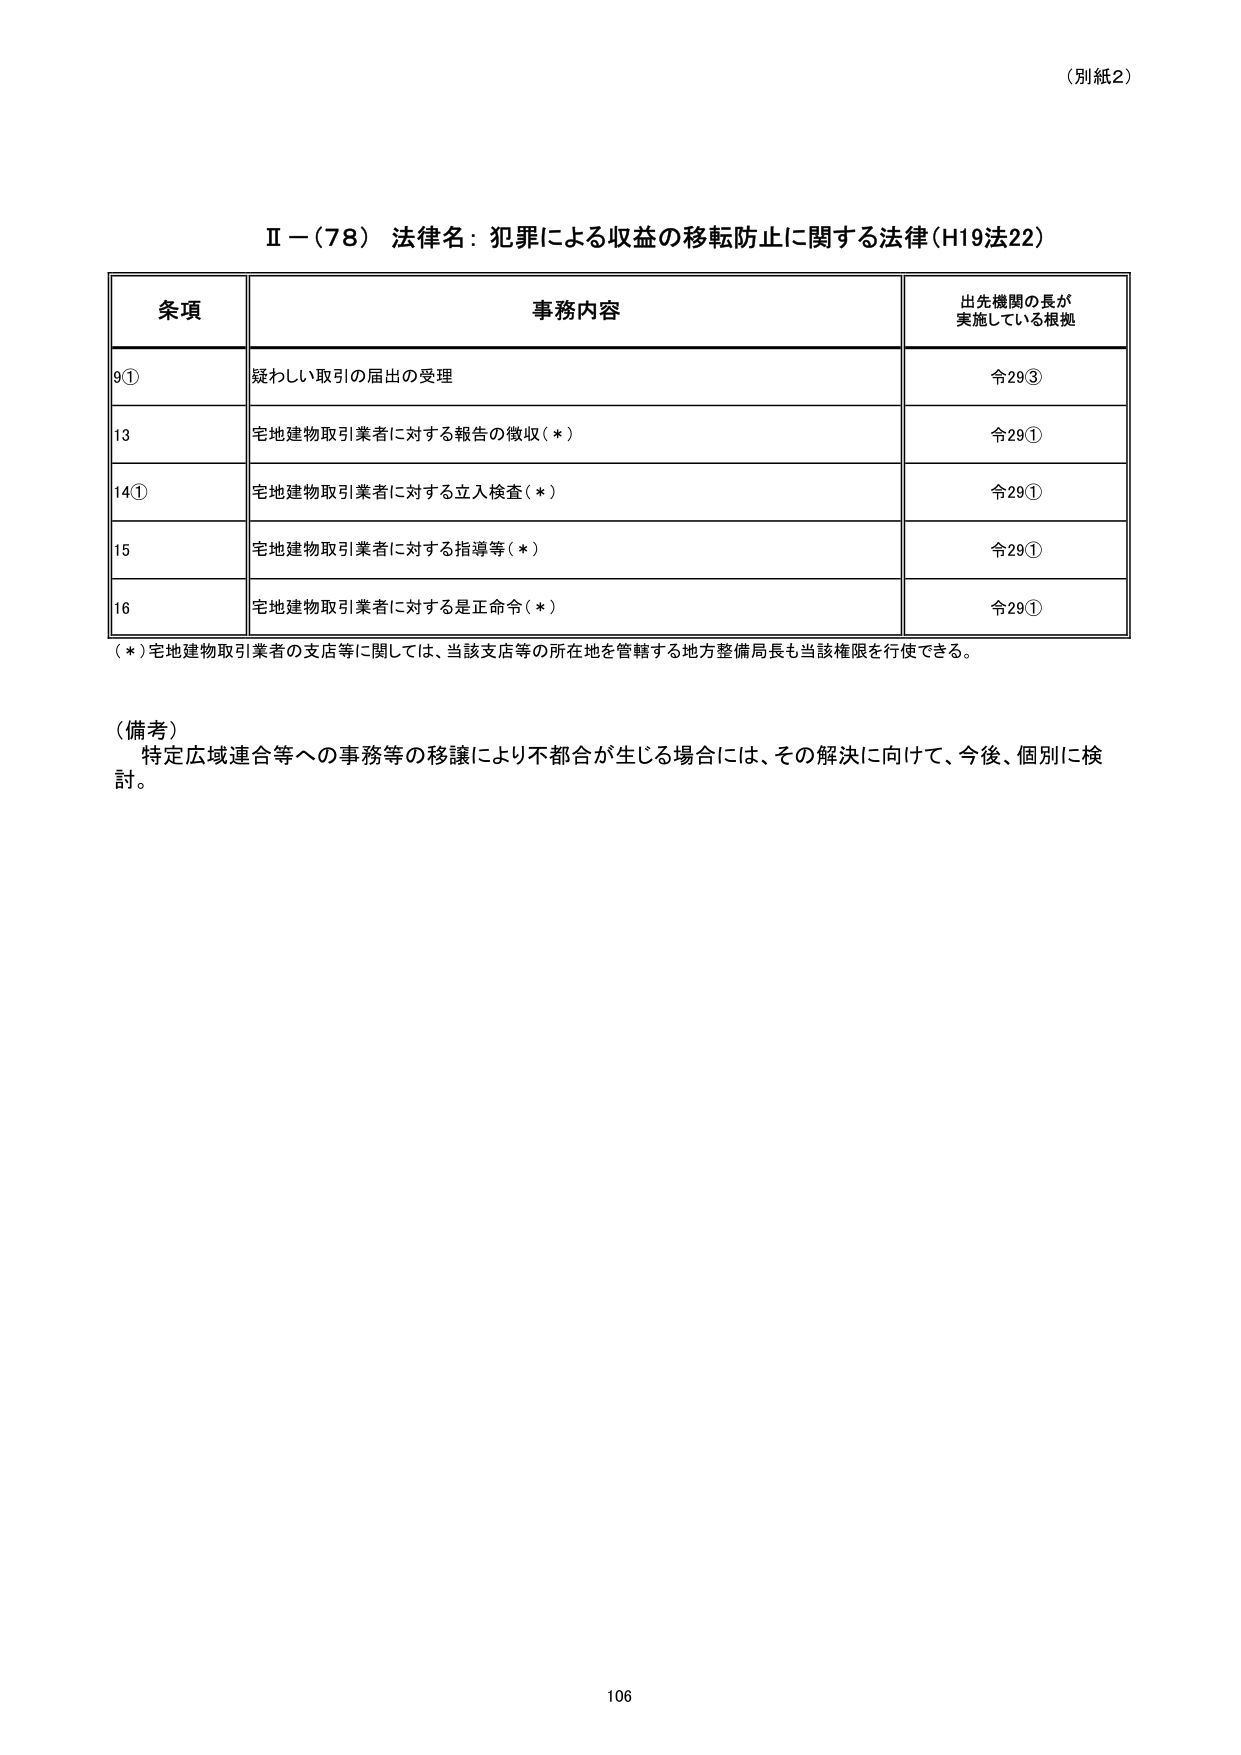
（別紙2）

Ⅱ－（78） 法律名：犯罪による収益の移転防止に関する法律（H19法22）

条項 事務内容 出先機関の長が 実施している根拠
9① 疑わしい取引の届出の受理 令29③
13 宅地建物取引業者に対する報告の徴収（＊） 令29①
14① 宅地建物取引業者に対する立入検査（＊） 令29①
15 宅地建物取引業者に対する指導等（＊） 令29①
16 宅地建物取引業者に対する是正命令（＊） 令29①

（＊）宅地建物取引業者の支店等に関しては、当該支店等の所在地を管轄する地方整備局長も当該権限を行使できる。

（備考）
特定広域連合等への事務等の移譲により不都合が生じる場合には、その解決に向けて、今後、個別に検討。

106